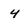
Character: 4